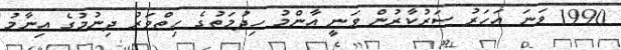
1990 ވަނަ އަހަރު ސަރުކާރުން ވަނީ އާންމު ހިދުމަތުގެ ހިތްވަރު ދިނުމުގެ އިނާމު